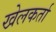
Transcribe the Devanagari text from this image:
खेलकर्ता